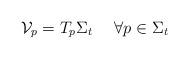
LaTeX: \begin{align*}\mathcal{V}_p=T_p\Sigma_t\ \ \ \ \forall p \in \Sigma_t\end{align*}